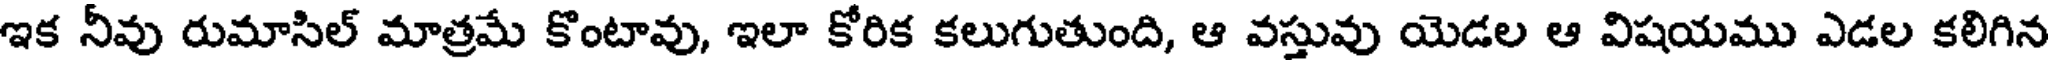
ఇక నీవు రుమాసిల్ మాత్రమే కొంటావు, ఇలా కోరిక కలుగుతుంది, ఆ వస్తువు యెడల ఆ విషయము ఎడల కలిగిన